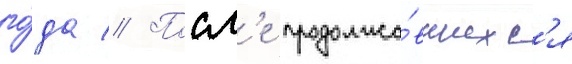
го́да // Посл'е продолжа́вшихс'я